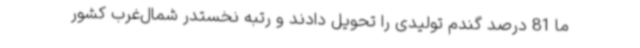
ما 81 درصد گندم تولیدی را تحویل دادند و رتبه نخستدر شمال‌غرب کشور